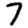
Digit: 7